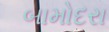
બામોદરા